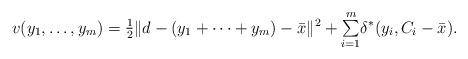
LaTeX: \begin{align*}\begin{array}{c}v(y_{1},\dots,y_{m})=\frac{1}{2}\|d-(y_{1}+\cdots+y_{m})-\bar{x}\|^{2}+\overset{m}{\underset{i=1}{\sum}}\delta^{*}(y_{i},C_{i}-\bar{x}).\end{array}\end{align*}